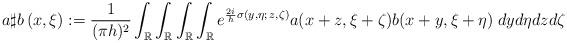
LaTeX: \begin{align*} a \sharp b \,(x,\xi) := \frac{1}{(\pi h)^2}\int_{\mathbb{R}}\int_{\mathbb{R}}\int_{\mathbb{R}}\int_{\mathbb{R}} e^{\frac{2i}{h}\sigma (y, \eta; \, z, \zeta)} a(x+z, \xi + \zeta) b(x+y, \xi +\eta) \; dy d\eta dz d\zeta \end{align*}